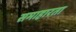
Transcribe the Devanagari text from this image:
समाहारता